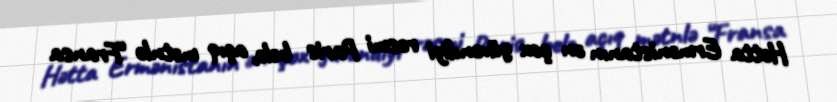
Hətta Ermənistanın ən çox güvəndiyi rəsmi Paris belə, açıq mətnlə “Fransa